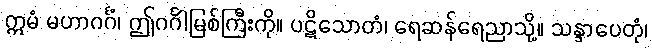
ဣမံ မဟာဂင်္ဂံ၊ ဤဂင်္ဂါမြစ်ကြီးကို။ ပဋိသောတံ၊ ရေဆန်ရေညာသို့။ သန္ဒာပေတုံ၊